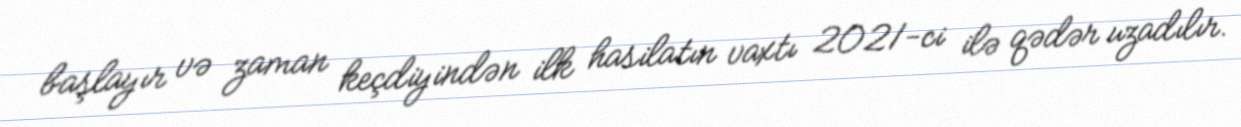
başlayır və zaman keçdiyindən ilk hasilatın vaxtı 2021-ci ilə qədər uzadılır.